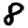
Digit: 8